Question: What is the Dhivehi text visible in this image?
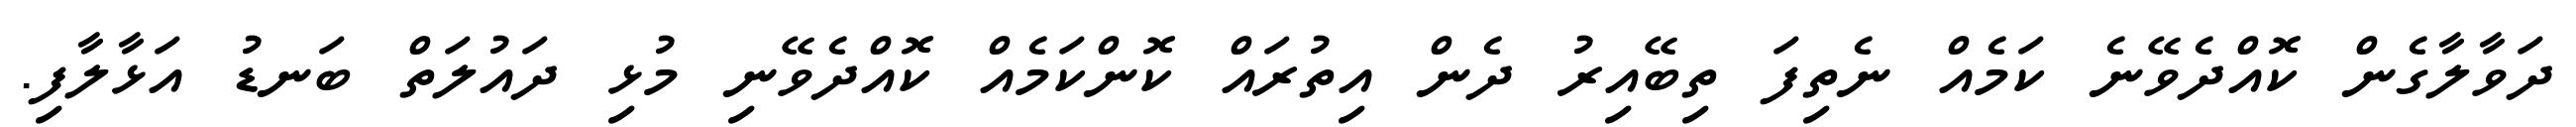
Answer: ދަވާލާގެން ކޮއްދެވޭނެ ކަމެއް ނެތިފަ ތިބޭއިރު ދެން އިތުރައް ކޮންކަމެއް ކޮއްދެވޭނި މުޅި ދައުލަތް ބަނޑު އަޅާލާފި.